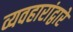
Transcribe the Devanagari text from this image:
व्यवहारांद्वारे